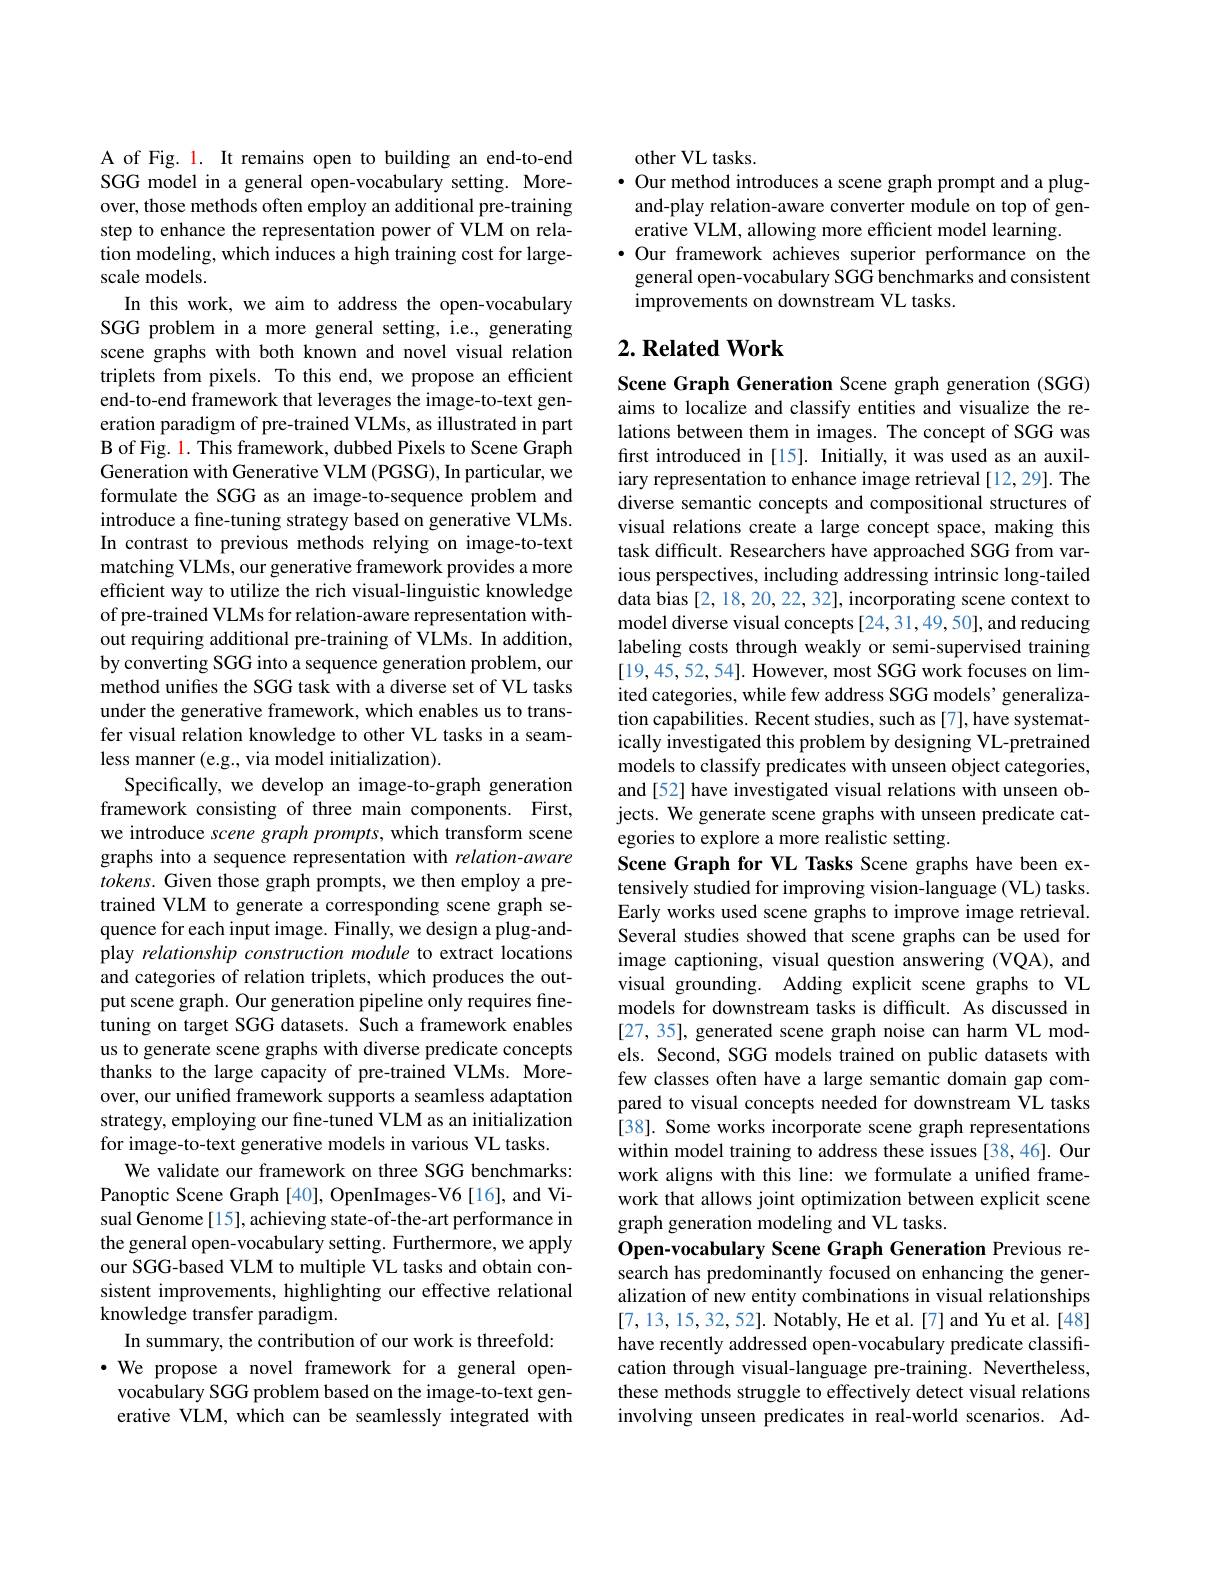
A of Fig. l. It remains open to building an end-to-end SGG model in a general open-vocabulary setting. Moreover, those methods often employ an additional pre-training step to enhance the representation power of VLM on relation modeling, which induces a high training cost for largescale models.
In this work, we aim to address the open-vocabulary SGG problem in a more general setting, i.e., generating scene graphs with both known and novel visual relation triplets from pixels. To this end, we propose an efficient end-to-end framework that leverages the image-to-text generation paradigm of pre-trained VLMs, as illustrated in part B of Fig. 1. This framework, dubbed Pixels to Scene Graph Generation with Generative VLM (PGSG), In particular, we formulate the SGG as an image-to-sequence problem and introduce a fine-tuning strategy based on generative VLMs. In contrast to previous methods relying on image-to-text matching VLMs, our generative framework provides a more efficient way to utilize the rich visual-linguistic knowledge of pre-trained VLMs for relation-aware representation without requiring additional pre-training of VLMs. In addition, by converting SGG into a sequence generation problem, our method unifies the SGG task with a diverse set of VL tasks under the generative framework, which enables us to transfer visual relation knowledge to other VL tasks in a seamless manner (e.g., via model initialization).
Specifically, we develop an image-to-graph generation framework consisting of three main components. First, we introduce scene graph prompts, which transform scene graphs into a sequence representation with relation-aware $tokens.$ Given those graph prompts, we then employ a pretrained VLM to generate a corresponding scene graph sequence for each input image. Finally, we design a plug-andplay relationship construction module to extract locations and categories of relation triplets, which produces the output scene graph. Our generation pipeline only requires finetuning on target SGG datasets. Such a framework enables us to generate scene graphs with diverse predicate concepts thanks to the large capacity of pre-trained VLMs. Moreover, our unified framework supports a seamless adaptation strategy, employing our fine-tuned VLM as an initialization for image-to-text generative models in various VL tasks.
We validate our framework on three SGG benchmarks: Panoptic Scene Graph [40], OpenImages-V6[16], and Visual Genome [15], achieving state-of-the-art performance in the general open-vocabulary setting. Furthermore, we apply our SGG-based VLM to multiple VL tasks and obtain consistent improvements, highlighting our effective relational knowledge transfer paradigm.
In summary, the contribution of our work is threefold: ·We propose a novel framework for a general openvocabulary SGG problem based on the image-to-text generative VLM, which can be seamlessly integrated with

other VL tasks.
$\bullet$ Our method introduces a scene graph prompt and a plugand-play relation-aware converter module on top of generative VLM, allowing more efficient model learning.
$\bullet$ Our framework achieves superior performance on the general open-vocabulary SGG benchmarks and consistent improvements on downstream VL tasks.

## $2. \textbf{ Related Work}$

Scene Graph Generation Scene graph generation (SGG) aims to localize and classify entities and visualize the relations between them in images. The concept of SGG was first introduced in [15]. Initially, it was used as an auxiliary representation to enhance image retrieval [12,29]. The diverse semantic concepts and compositional structures of visual relations create a large concept space, making this task difficult. Researchers have approached SGG from various perspectives, including addressing intrinsic long-tailed data bias [2,18,20,22,32], incorporating scene context to model diverse visual concepts [24,31,49,50], and reducing labeling costs through weakly or semi-supervised training [19,45,52,54]. However, most SGG work focuses on limited categories, while few address SGG models' generalization capabilities. Recent studies, such as [7], have systematically investigated this problem by designing VL-pretrained models to classify predicates with unseen object categories, and[52] have investigated visual relations with unseen objects. We generate scene graphs with unseen predicate categories to explore a more realistic setting.
Scene Graph for VL Tasks Scene graphs have been extensively studied for improving vision-language (VL) tasks. Early works used scene graphs to improve image retrieval. Several studies showed that scene graphs can be used for image captioning, visual question answering (VQA), and visual grounding. Adding explicit scene graphs to VL models for downstream tasks is difficult. As discussed in [27, 35], generated scene graph noise can harm VL models. Second, SGG models trained on public datasets with few classes often have a large semantic domain gap compared to visual concepts needed for downstream VL tasks [38]. Some works incorporate scene graph representations within model training to address these issues [38,46]. Our work aligns with this line: we formulate a unified framework that allows joint optimization between explicit scene graph generation modeling and VL tasks.
Open-vocabulary Scene Graph Generation Previous research has predominantly focused on enhancing the generalization of new entity combinations in visual relationships [7,13,15,32,52]. Notably, He et al.[7] and Yu et al.[48] have recently addressed open-vocabulary predicate classification through visual-language pre-training. Nevertheless, these methods struggle to effectively detect visual relations involving unseen predicates in real-world scenarios. Ad-